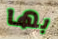
بها